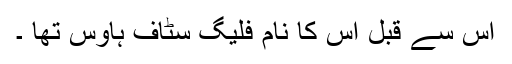
اس سے قبل اس کا نام فلیگ سٹاف ہاؤس تھا ۔